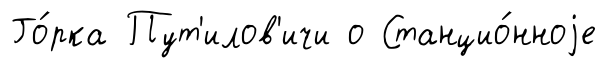
Го́рка Пут'илов'ичи о Станцио́нноjе